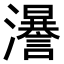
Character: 𤃵